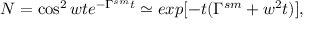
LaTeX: N = \cos ^ { 2 } w t e ^ { - \Gamma ^ { s m } t } \simeq e x p [ - t ( \Gamma ^ { s m } + w ^ { 2 } t ) ] ,